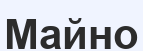
Майно